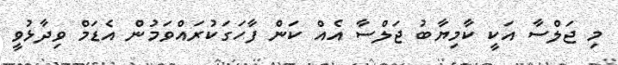
މި ޖަލްސާ އަކީ ކާމިޔާބު ޖަލްސާ އެއް ކަން ފާހަގަކުރައްވަމުން އެޑަމް ވިދާޅުވީ